Notes on vaccination in the North-West Frontier Province 1923-1928 - 1923-1928
Year: 1923
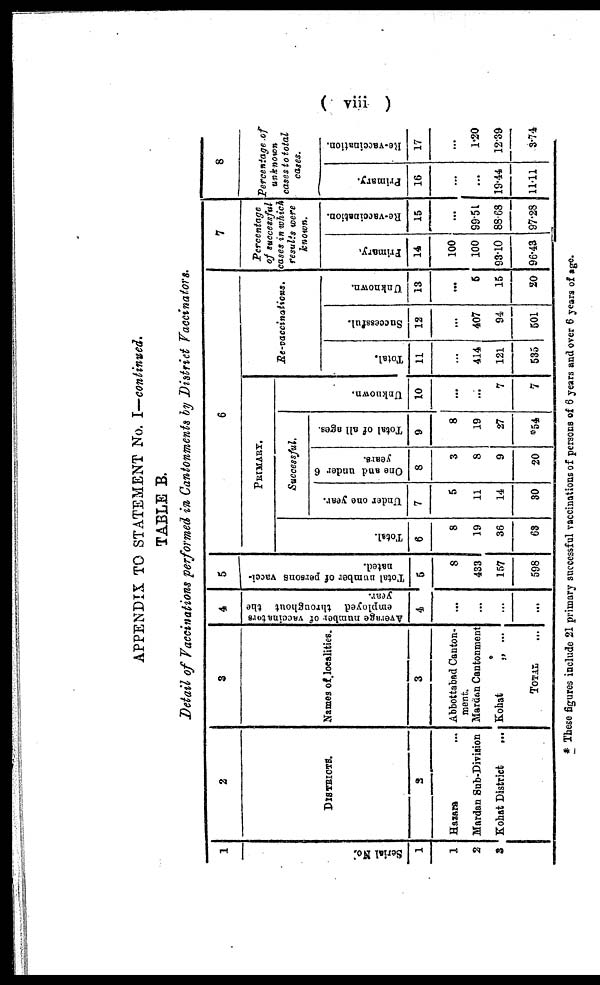
( viii)
APPENDIX TO STATEMENT No. I—continued.
TABLE B.
Detail of Vaccinations performed in Cantonments by District Vaccinators.
1
Serial No.
1
1
2
3
2
DISTRICTS.
3
Hazara ...
Mardan Sub-Division
Kohat District
...
3
Names of localities.
3
Abbottabad Canton-
ment.
Mardan Cantonment
Kohat„ ...
TOTAL ...
4
Average number of vaccinators
employed through out the
year.
4
...
...
...
...
5
Total number of persons vacci-
nated.
5
8
433
157
598
6
PRIMARY.
Total.
6
8
19
36
63
Successful.
Under one year.
7
5
11
14
30
One and under 6
years.
8
3
8
9
20
Total of all ages.
9
8
19
27
*54
Unknown.
10
...
...
7
7
Re-vaccinations.
Total.
11
...
414
121
535
Successful.
12
...
407
94
501
Unknown.
13
...
5
15
20
7
Percentage
of successful
cases in which
results were
known.
Primary.
14
100
100
93.10
96.43
Re-vaccination.
15
...
99.51
88.68
97.28
8
Percentage of
unknown
cases to total
cases.
Primary.
16
...
...
19.44
11.11
Re-vaccination.
17
...
1.20
12.39
3.74
* These figures include 21 primary successful vaccinations of persons of 6 years and over 6 years of age.